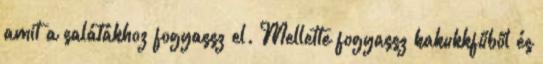
amit a salátákhoz fogyassz el. Mellette fogyassz kakukkfűből és